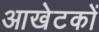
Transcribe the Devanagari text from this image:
आखेटकों